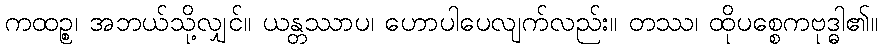
ကထဉ္စ၊ အဘယ်သို့လျှင်။ ယန္တဿာပ၊ ဟောပါပေလျက်လည်း။ တဿ၊ ထိုပစ္စေကဗုဒ္ဓါ၏။